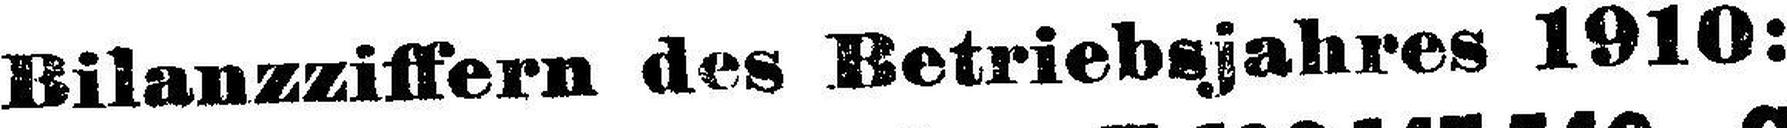
Bilanzziffern des Betriebsjahres 1910: